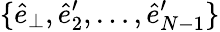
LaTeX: \{ \hat{e}_{\perp},\hat{e}_{2}^{\prime},\dots,\hat{e}_{N-1}^{\prime}\}